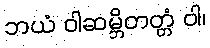
ဘယံ ဝါဆမ္ဘိတတ္တံ ဝါ၊